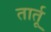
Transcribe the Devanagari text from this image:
तार्तू